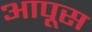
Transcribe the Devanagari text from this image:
आपूस